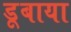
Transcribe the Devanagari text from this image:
डूबाया